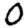
Digit: 0